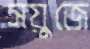
সয়ুজে